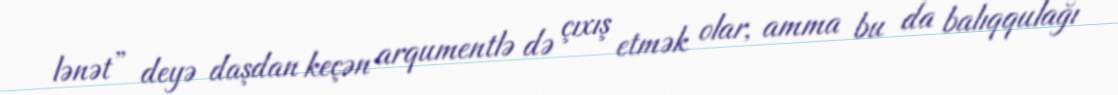
lənət” deyə daşdan keçən arqumentlə də çıxış etmək olar, amma bu da balıqqulağı